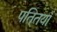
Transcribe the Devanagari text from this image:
पति्तयाँ